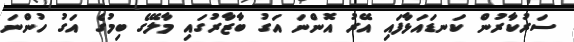
ސަރުކާރުން ކަނޑައަޅާފައި އޭރު އޮންނަ އަގު ބާޒާރުގައި މާލޭގެ ބިމުގެ އަގު ހުންނަ